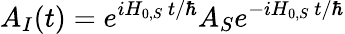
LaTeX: A_{I}(t)=e^{iH_{0,S}~t/\hbar}A_{S}e^{-iH_{0,S}~t/\hbar}